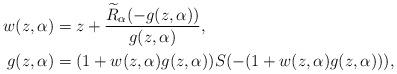
LaTeX: \begin{align*}w(z,\alpha)&=z+\frac{\widetilde R_{\alpha}(-g(z,\alpha))}{g(z,\alpha)},\\g(z,\alpha)&=(1+w(z,\alpha)g(z,\alpha))S(-(1+w(z,\alpha)g(z,\alpha))),\end{align*}